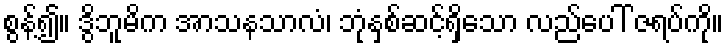
စွန့်၍။ ဒွိဘူမိက အာသနသာလံ၊ ဘုံနှစ်ဆင့်ရှိသော လည်ပေါ် ဇရပ်ကို။